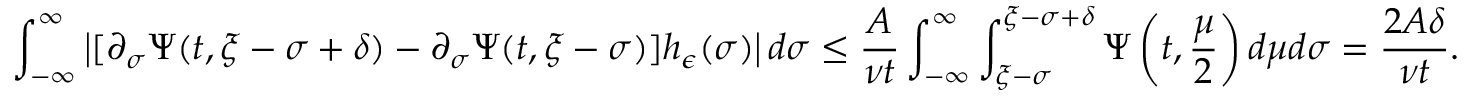
\int _ { - \infty } ^ { \infty } \left| [ \partial _ { \sigma } \Psi ( t , \xi - \sigma + \delta ) - \partial _ { \sigma } \Psi ( t , \xi - \sigma ) ] h _ { \epsilon } ( \sigma ) \right| d \sigma \leq \frac { A } { \nu t } \int _ { - \infty } ^ { \infty } \int _ { \xi - \sigma } ^ { \xi - \sigma + \delta } \Psi \left( t , \frac { \mu } { 2 } \right) d \mu d \sigma = \frac { 2 A \delta } { \nu t } .